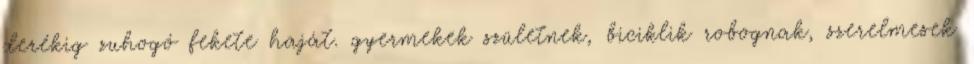
derékig zuhogó fekete haját. gyermekek születnek, biciklik robognak, szerelmesek